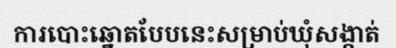
ការបោះឆ្នោតបែបនេះសម្រាប់ឃុំសង្កាត់